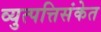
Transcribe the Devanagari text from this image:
व्युत्पत्तिसंकेत